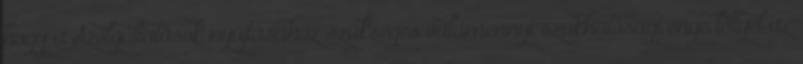
hogy a Szolgáltatások nyújtásához szükséges valamennyi szakhatósági engedéllyel az